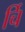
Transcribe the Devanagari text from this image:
र्चि